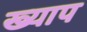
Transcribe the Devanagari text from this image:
ख्याप